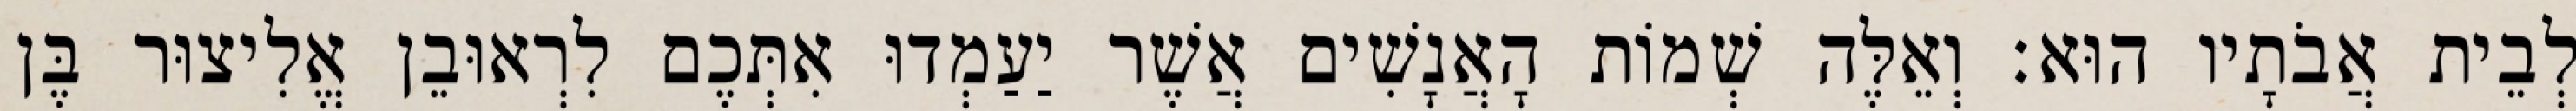
לְבֵית אֲבֹתָיו הוּא׃ וְאֵלֶּה שְׁמוֹת הָאֲנָשִׁים אֲשֶׁר יַעַמְדוּ אִתְּכֶם לִרְאוּבֵן אֱלִיצוּר בֶּן